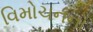
વિમોચનનો